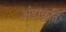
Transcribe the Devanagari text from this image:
अंडाकृति